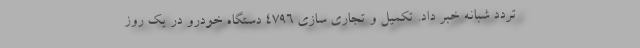
تردد شبانه خبر داد. تکمیل و تجاری سازی ۴۷۹۶ دستگاه خودرو در یک روز